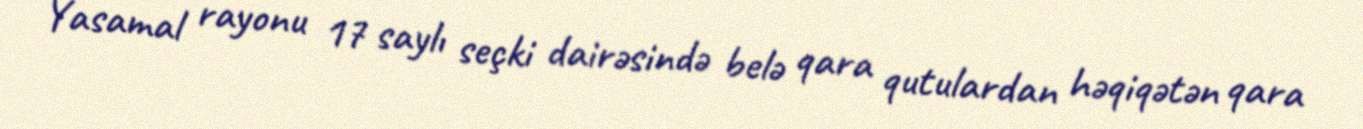
Yasamal rayonu 17 saylı seçki dairəsində belə qara qutulardan həqiqətən qara